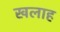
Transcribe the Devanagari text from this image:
खलाह